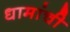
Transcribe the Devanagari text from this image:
धामांची